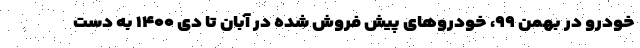
خودرو در بهمن ۹۹، خودروهای پیش فروش شده در آبان تا دی ۱۴۰۰ به دست